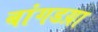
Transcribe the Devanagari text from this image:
बांगडय़ा